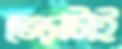
ভেড়াটাই